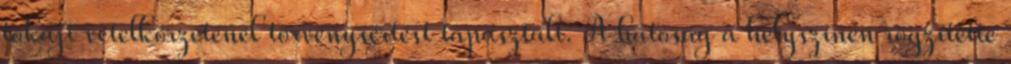
tokaji vételkörzeténél törvénysértést tapasztalt. A hatóság a helyszínen rögzítette